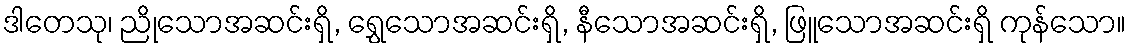
ဒါတေသု၊ ညိုသောအဆင်းရှိ, ရွှေသောအဆင်းရှိ, နီသောအဆင်းရှိ, ဖြူသောအဆင်းရှိ ကုန်သော။